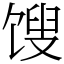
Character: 馊